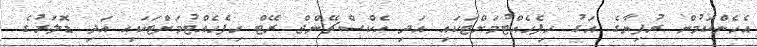
އެހެންކަމުން ރުފިޔާގެ އަގު ހިފެހެއްޓުމަށްޓަކައި އަދި އެކްސްޗޭންޖް ރޭޓް ހިފެހެއްޓުމަށްޓަކައި އަދި ޑޮލަރުގެ